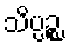
သိပ္ပဉ္စ